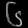
Digit: ၆